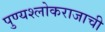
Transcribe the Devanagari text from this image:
पुण्यश्लोकराजाची